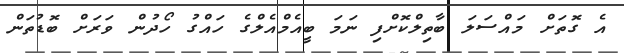
އެ ގޮތަށް މައްސަލަ ބާތިލްކޮށްފި ނަމަ ބީއެމްއެލްގެ ހައްގު ހޯދުން ވަރަށް ބޮޑުތަން